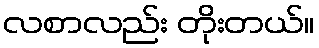
လစာလည်း တိုးတယ်။